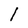
Character: 1